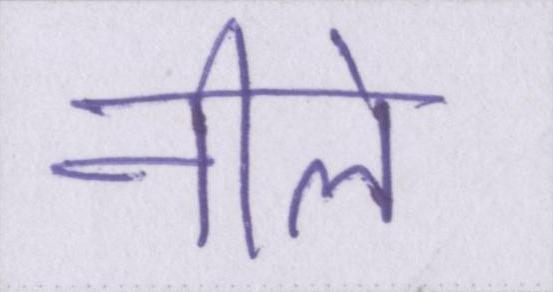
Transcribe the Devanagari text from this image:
नीले